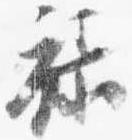
禄